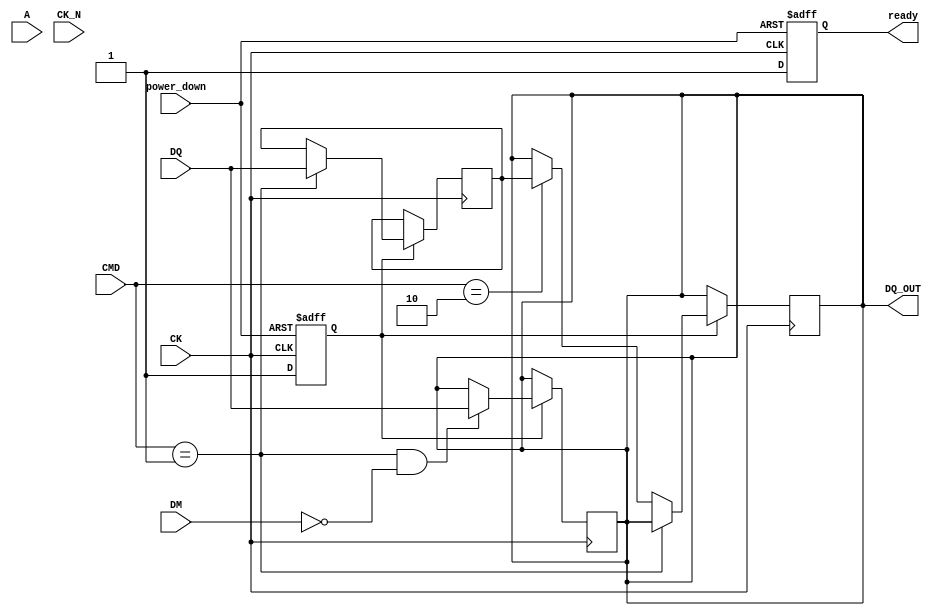
module lpddr_io_block #(
    parameter DATA_WIDTH = 32, // Data bus width (16, 32, or 64 bits)
    parameter ADDR_WIDTH = 12   // Address bus width
)(
    // I/O Ports
    input wire [DATA_WIDTH-1:0] DQ,         // Data signals
    input wire [ADDR_WIDTH-1:0] A,           // Address signals
    input wire [1:0] CMD,                     // Command signals (e.g., read, write)
    input wire CK, CK_N,                      // Clock signals
    input wire DM,                            // Data mask signals
    input wire power_down,                    // Power down control
    output reg [DATA_WIDTH-1:0] DQ_OUT,      // Output data signals
    output reg ready                          // Ready signal for controller
);

    // Internal signals
    reg [DATA_WIDTH-1:0] data_buffer;         // Buffer for incoming data
    reg [ADDR_WIDTH-1:0] address_buffer;      // Buffer for address
    reg [1:0] cmd_buffer;                      // Buffer for command
    reg power_state;                          // Power state (active, standby, sleep)

    // Power management
    always @(posedge CK or negedge power_down) begin
        if (!power_down) begin
            power_state <= 1'b0; // Power down state
            ready <= 1'b0;       // Not ready in power down
        end else begin
            power_state <= 1'b1; // Active state
            ready <= 1'b1;       // Ready to operate
        end
    end

    // Input Buffer
    always @(posedge CK) begin
        if (power_state) begin
            if (CMD == 2'b01) begin // Write command
                data_buffer <= DQ;  // Store incoming data
            end else if (CMD == 2'b10) begin // Read command
                DQ_OUT <= data_buffer; // Output buffered data
            end
            address_buffer <= A; // Store address
            cmd_buffer <= CMD;   // Store command
        end
    end

    // Output Buffer
    always @(posedge CK) begin
        if (power_state) begin
            if (CMD == 2'b01 && !DM) begin // Write with DM not asserted
                DQ_OUT <= DQ; // Drive data out
            end
        end
    end

    // Clock Management (for differential signals)
    // In a real design, you would manage CK and CK_N for timing
    // Here we just demonstrate the concept
    wire clk_pos_edge = CK && !CK_N; // Positive edge detection

    // Termination Logic (simplified)
    // In a real design, you would implement termination resistors
    // Here we just demonstrate the concept
    reg [DATA_WIDTH-1:0] terminated_data;
    always @(posedge clk_pos_edge) begin
        terminated_data <= data_buffer; // Simulate termination
    end

endmodule